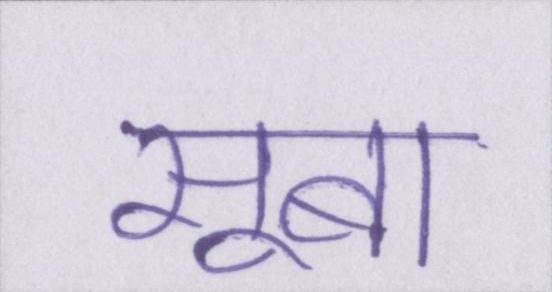
सूबा